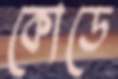
কোডে